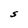
Character: S